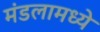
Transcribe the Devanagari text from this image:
मंडलामध्ये